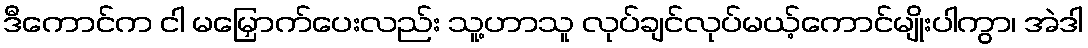
ဒီကောင်က ငါ မမြှောက်ပေးလည်း သူ့ဟာသူ လုပ်ချင်လုပ်မယ့်ကောင်မျိုးပါကွာ၊ အဲဒါ